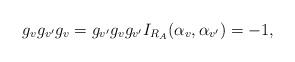
LaTeX: \begin{align*}g_{v}g_{v'}g_{v}=g_{v'}g_{v}g_{v'}I_{R_A}(\alpha_{v}, \alpha_{v'})=-1,\end{align*}